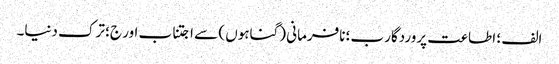
الف ؛ اطاعت پروردگار ب؛ نافرمانی (گناہوں ) سے اجتناب اور ج؛ ترک دنیا۔